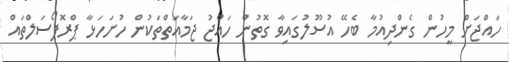
ހައްޖަށް މީހުން ގެންދިއުމާ ބެހޭ އުސޫލުގައިވާ ގޮތުން ހައްޖު ޖަމާއަތްތަކުން ހުށަހަޅާ ޕްރޮޕޯސަލްތައް